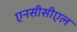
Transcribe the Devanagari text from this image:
एनसीसीएल